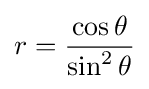
r={\frac {\cos \theta }{\sin ^{2}\theta }}